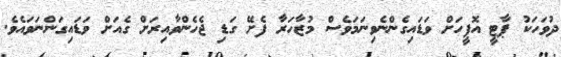
ދުވަހަކު ޕާޓީ އޮފީހަށް ވަޑައިގެންނެވިނަމަވެސް މުޒާހަރާ ފެށޭ ގަޑި ޖެހެންވާއިރަށް ގެއަށް ވަޑައިގަންނަވައެވެ.